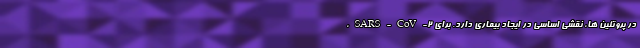
در پروتئین ها، نقشی اساسی در ایجاد بیماری دارد. برای SARS-CoV-۲،